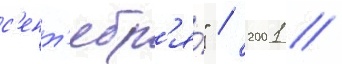
с'ент'ябр'я́" / 2001 //